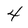
Character: 4